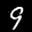
Label: 9